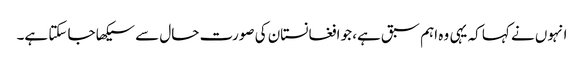
انہوں نے کہا کہ یہی وہ اہم سبق ہے، جو افغانستان کی صورت حال سے سیکھا جا سکتا ہے۔